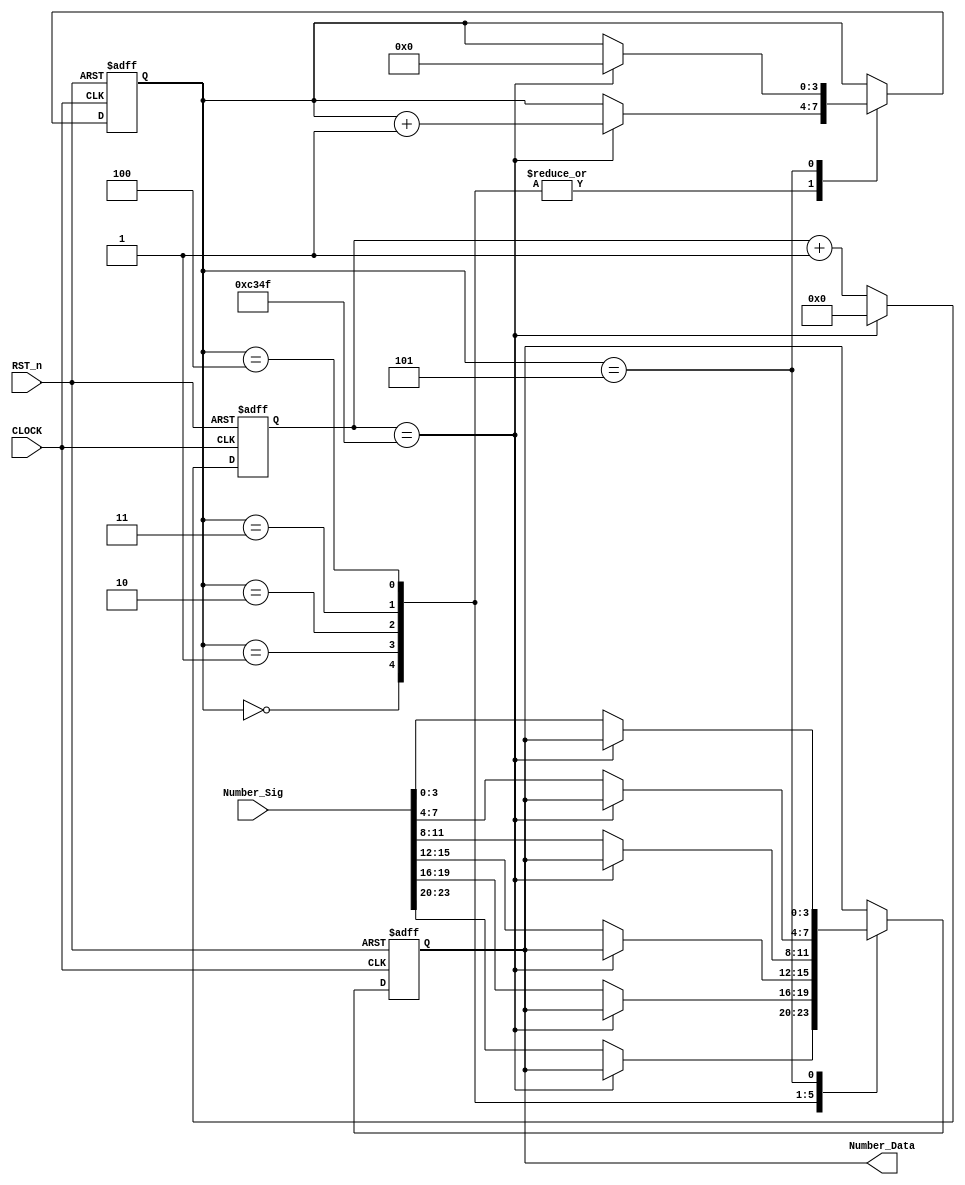
//***************************************//
//# @Author: 
//# @Date:   2019-04-06 22:44:48
//# @Last Modified by:   zlk
//# @Last Modified time: 2019-05-19 01:27:11
//****************************************//
module smg_control_module
(
    input CLOCK,
	 input RST_n,
	 input [23:0]Number_Sig,
	 output [3:0]Number_Data
);

    /******************************************/    
	 
	 parameter T1MS = 16'd49999;   // 1ms 
	 
	 /******************************************/  
	 //1ms 
	  reg [15:0]C1;
	 
	 always @ ( posedge CLOCK or negedge RST_n )
	     if( !RST_n )
		      C1 <= 16'd0;
		  else if( C1 == T1MS )
		      C1 <= 16'd0;
		  else
		      C1 <= C1 + 1'b1;
	 
	 /******************************************/ 
	 
	 reg [3:0]i;
	 reg [3:0]rNumber;
	 
	 always @ ( posedge CLOCK or negedge RST_n )
	     if( !RST_n )
		      begin
		          i <= 4'd0;
			    	 rNumber <= 4'd0;
				end
		  else 
		      case( i )
				
				    0:
					 if( C1 == T1MS ) i <= i + 1'b1;
					 else rNumber <= Number_Sig[23:20];
	
					 1:
					 if( C1 == T1MS ) i <= i + 1'b1;
					 else rNumber <= Number_Sig[19:16];
					 
					 2:
					 if( C1 == T1MS ) i <= i + 1'b1;
					 else rNumber <= Number_Sig[15:12];
					 
					 3:
					 if( C1 == T1MS ) i <= i + 1'b1;
					 else rNumber <= Number_Sig[11:8];
					 
					 4:
					 if( C1 == T1MS ) i <= i + 1'b1;
					 else rNumber <= Number_Sig[7:4];
					 
					 5:
					 if( C1 == T1MS ) i <= 4'd0;
					 else rNumber <= Number_Sig[3:0];
				
				endcase
				
    /******************************************/ 
	 
	 assign Number_Data = rNumber;
	 
	 /******************************************/
	 
endmodule